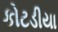
કોટડીયા